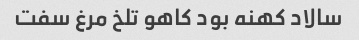
سالاد کهنه بود کاهو تلخ مرغ سفت